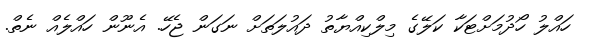
ހައްލު ހޯދުމަށްޓަކާ ކަލޭގެ މިލްކިއްޔާތު ދައުލަތަށް ނަގަން ޖެހޭ. އެނޫން ހައްލެއް ނެތް.